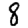
Digit: 8